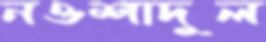
নওশাদুল